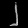
Digit: ၂